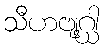
သီဟဗျဂ္ဃါ